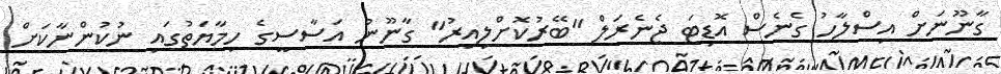
ގާނޫނަށް އިސްލާހު ގެނެސް އޮޑިޓަ ޖެނެރަލް "ބޭރުކޮށްލިއިރު" ގާނޫނު އަސާސީގެ ހިމާޔަތުގައި ނުކުންނާކަށް